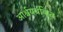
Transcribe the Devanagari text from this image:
आर्श्चयचकित